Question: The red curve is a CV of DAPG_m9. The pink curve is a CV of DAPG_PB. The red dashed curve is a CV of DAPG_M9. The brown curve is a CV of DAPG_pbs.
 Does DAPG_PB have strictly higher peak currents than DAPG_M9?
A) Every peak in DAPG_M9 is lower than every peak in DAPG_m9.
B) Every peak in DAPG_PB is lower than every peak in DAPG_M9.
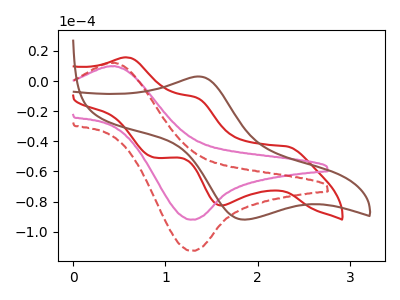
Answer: <think>The red curve "DAPG_m9" has anodic peaks at (0.60V, 15.75uA) (1.35V, -10.95uA) and cathodic peaks at (2.30V, -43.35uA) (1.60V, -82.60uA) (0.90V, -50.75uA). The pink curve "DAPG_PB" has an anodic peak at (0.45V, 9.90uA) and a cathodic peak at (1.25V, -92.05uA). The red dashed curve "DAPG_M9" has an anodic peak at (0.45V, 12.15uA) and a cathodic peak at (1.25V, -112.75uA). The brown curve "DAPG_pbs" has an anodic peak at (1.35V, 3.05uA) and a cathodic peak at (1.85V, -92.05uA).</think>
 <answer>B) Every peak in "DAPG_PB" is lower than every peak in "DAPG_M9".</answer>
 <eval>B</eval>